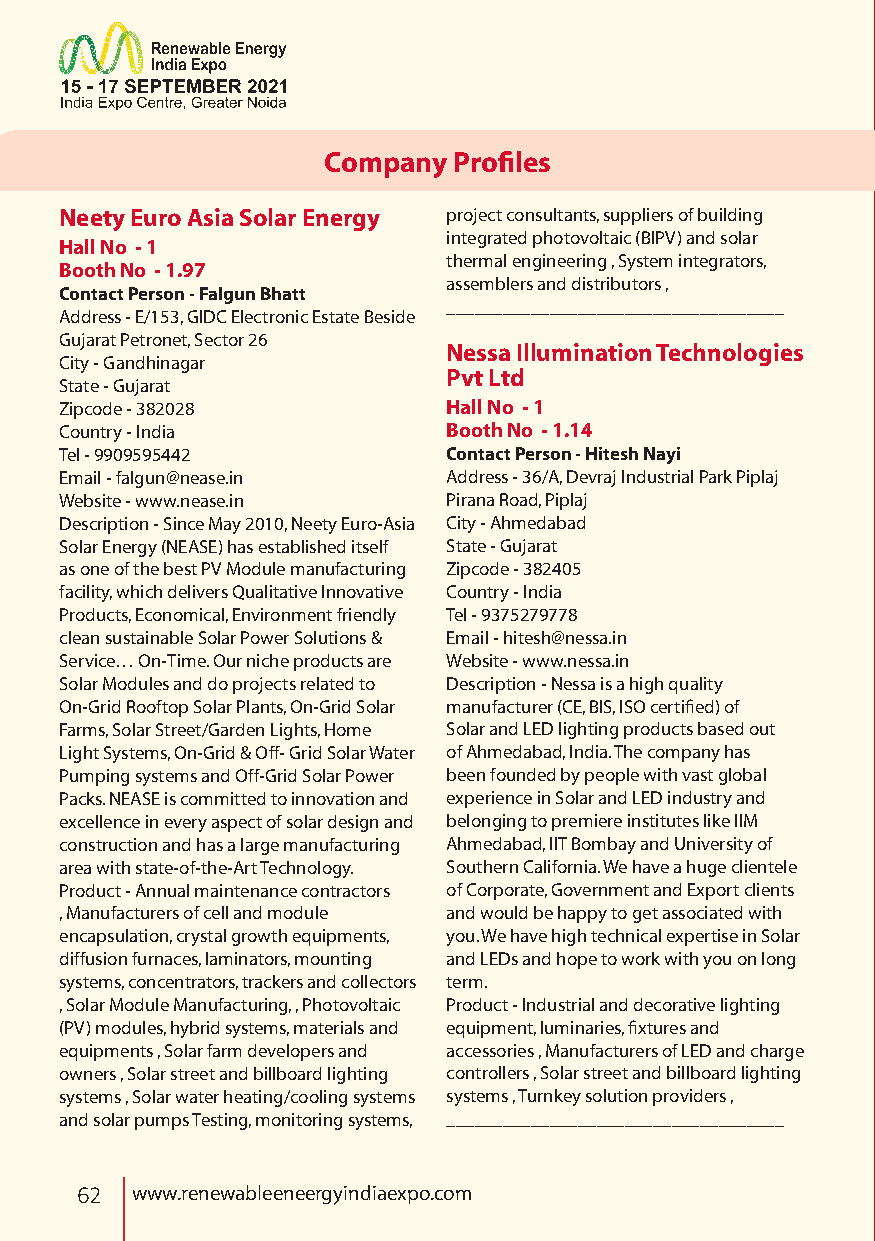
Company  Profiles
 Neety Euro Asia Solar Energy project consultants, suppliers of building
 integrated photovoltaic (BIPV) and solar
 Hall No - 1
 thermal engineering , System integrators,
 Booth No - 1.97
 assemblers and distributors ,
 Contact Person - Falgun Bhatt
 ____________________________________
 Address - E/153, GIDC Electronic Estate Beside
 Gujarat Petronet, Sector 26
 Nessa Illumination Technologies
 City - Gandhinagar
 Pvt Ltd
 State - Gujarat
 Zipcode - 382028          Hall No - 1
 Country - India           Booth No - 1.14
 Tel - 9909595442          Contact Person - Hitesh Nayi
 Email - falgun@nease.in   Address - 36/A, Devraj Industrial Park Piplaj
 Website - www.nease.in    Pirana Road, Piplaj
 Description - Since May 2010, Neety Euro-Asia City - Ahmedabad
 Solar Energy (NEASE) has established itself State - Gujarat
 as one of the best PV Module manufacturing Zipcode - 382405
 facility, which delivers Qualitative Innovative Country - India
 Products, Economical, Environment friendly Tel - 9375279778
 clean sustainable Solar Power Solutions & Email - hitesh@nessa.in
 Service… On-Time. Our niche products are Website - www.nessa.in
 Solar Modules and do projects related to Description - Nessa is a high quality
 On-Grid Rooftop Solar Plants, On-Grid Solar manufacturer (CE, BIS, ISO certified) of
 Farms, Solar Street/Garden Lights, Home Solar and LED lighting products based out
 Light Systems, On-Grid & Off- Grid Solar Water of Ahmedabad, India. The company has
 Pumping systems and Off-Grid Solar Power been founded by people with vast global
 Packs. NEASE is committed to innovation and experience in Solar and LED industry and
 excellence in every aspect of solar design and belonging to premiere institutes like IIM
 construction and has a large manufacturing Ahmedabad, IIT Bombay and University of
 area with state-of-the-Art Technology. Southern California. We have a huge clientele
 Product - Annual maintenance contractors of Corporate, Government and Export clients
 , Manufacturers of cell and module and would be happy to get associated with
 encapsulation, crystal growth equipments, you. We have high technical expertise in Solar
 diffusion furnaces, laminators, mounting and LEDs and hope to work with you on long
 systems, concentrators, trackers and collectors term.
 , Solar Module Manufacturing, , Photovoltaic Product - Industrial and decorative lighting
 (PV) modules, hybrid systems, materials and equipment, luminaries, fixtures and
 equipments , Solar farm developers and accessories , Manufacturers of LED and charge
 owners , Solar street and billboard lighting controllers , Solar street and billboard lighting
 systems , Solar water heating/cooling systems systems , Turnkey solution providers ,
 and solar pumps Testing, monitoring systems, ____________________________________
 62  www.renewableeneergyindiaexpo.com